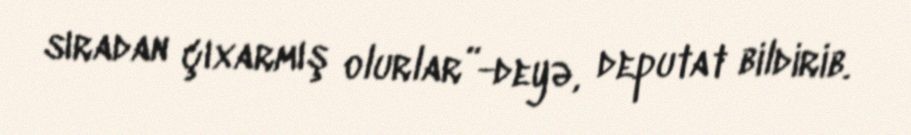
sıradan çıxarmış olurlar”-deyə, deputat bildirib.